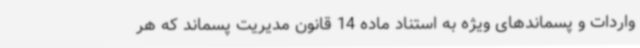
واردات و پسماندهای ویژه به استناد ماده 14 قانون مدیریت پسماند که هر